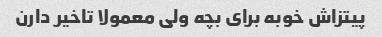
پیتزاش خوبه برای بچه ولی معمولا تاخیر دارن